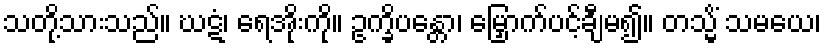
သတို့သားသည်။ ဃဋံ၊ ရေအိုးကို။ ဥက္ခိပန္တော၊ မြှောက်ပင့်ချီမ၍။ တသ္မိံ သမယေ၊